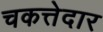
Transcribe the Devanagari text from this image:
चकत्तेदार